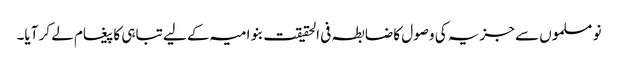
نو مسلموں سے جزیہ کی وصول کا ضابطہ فی الحقیقت بنو امیہ کے لیے تباہی کا پیغام لے کر آیا۔